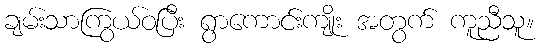
ချမ်းသာကြွယ်ဝပြီး ရွာကောင်းကျိုး အတွက် ကူညီသူ။